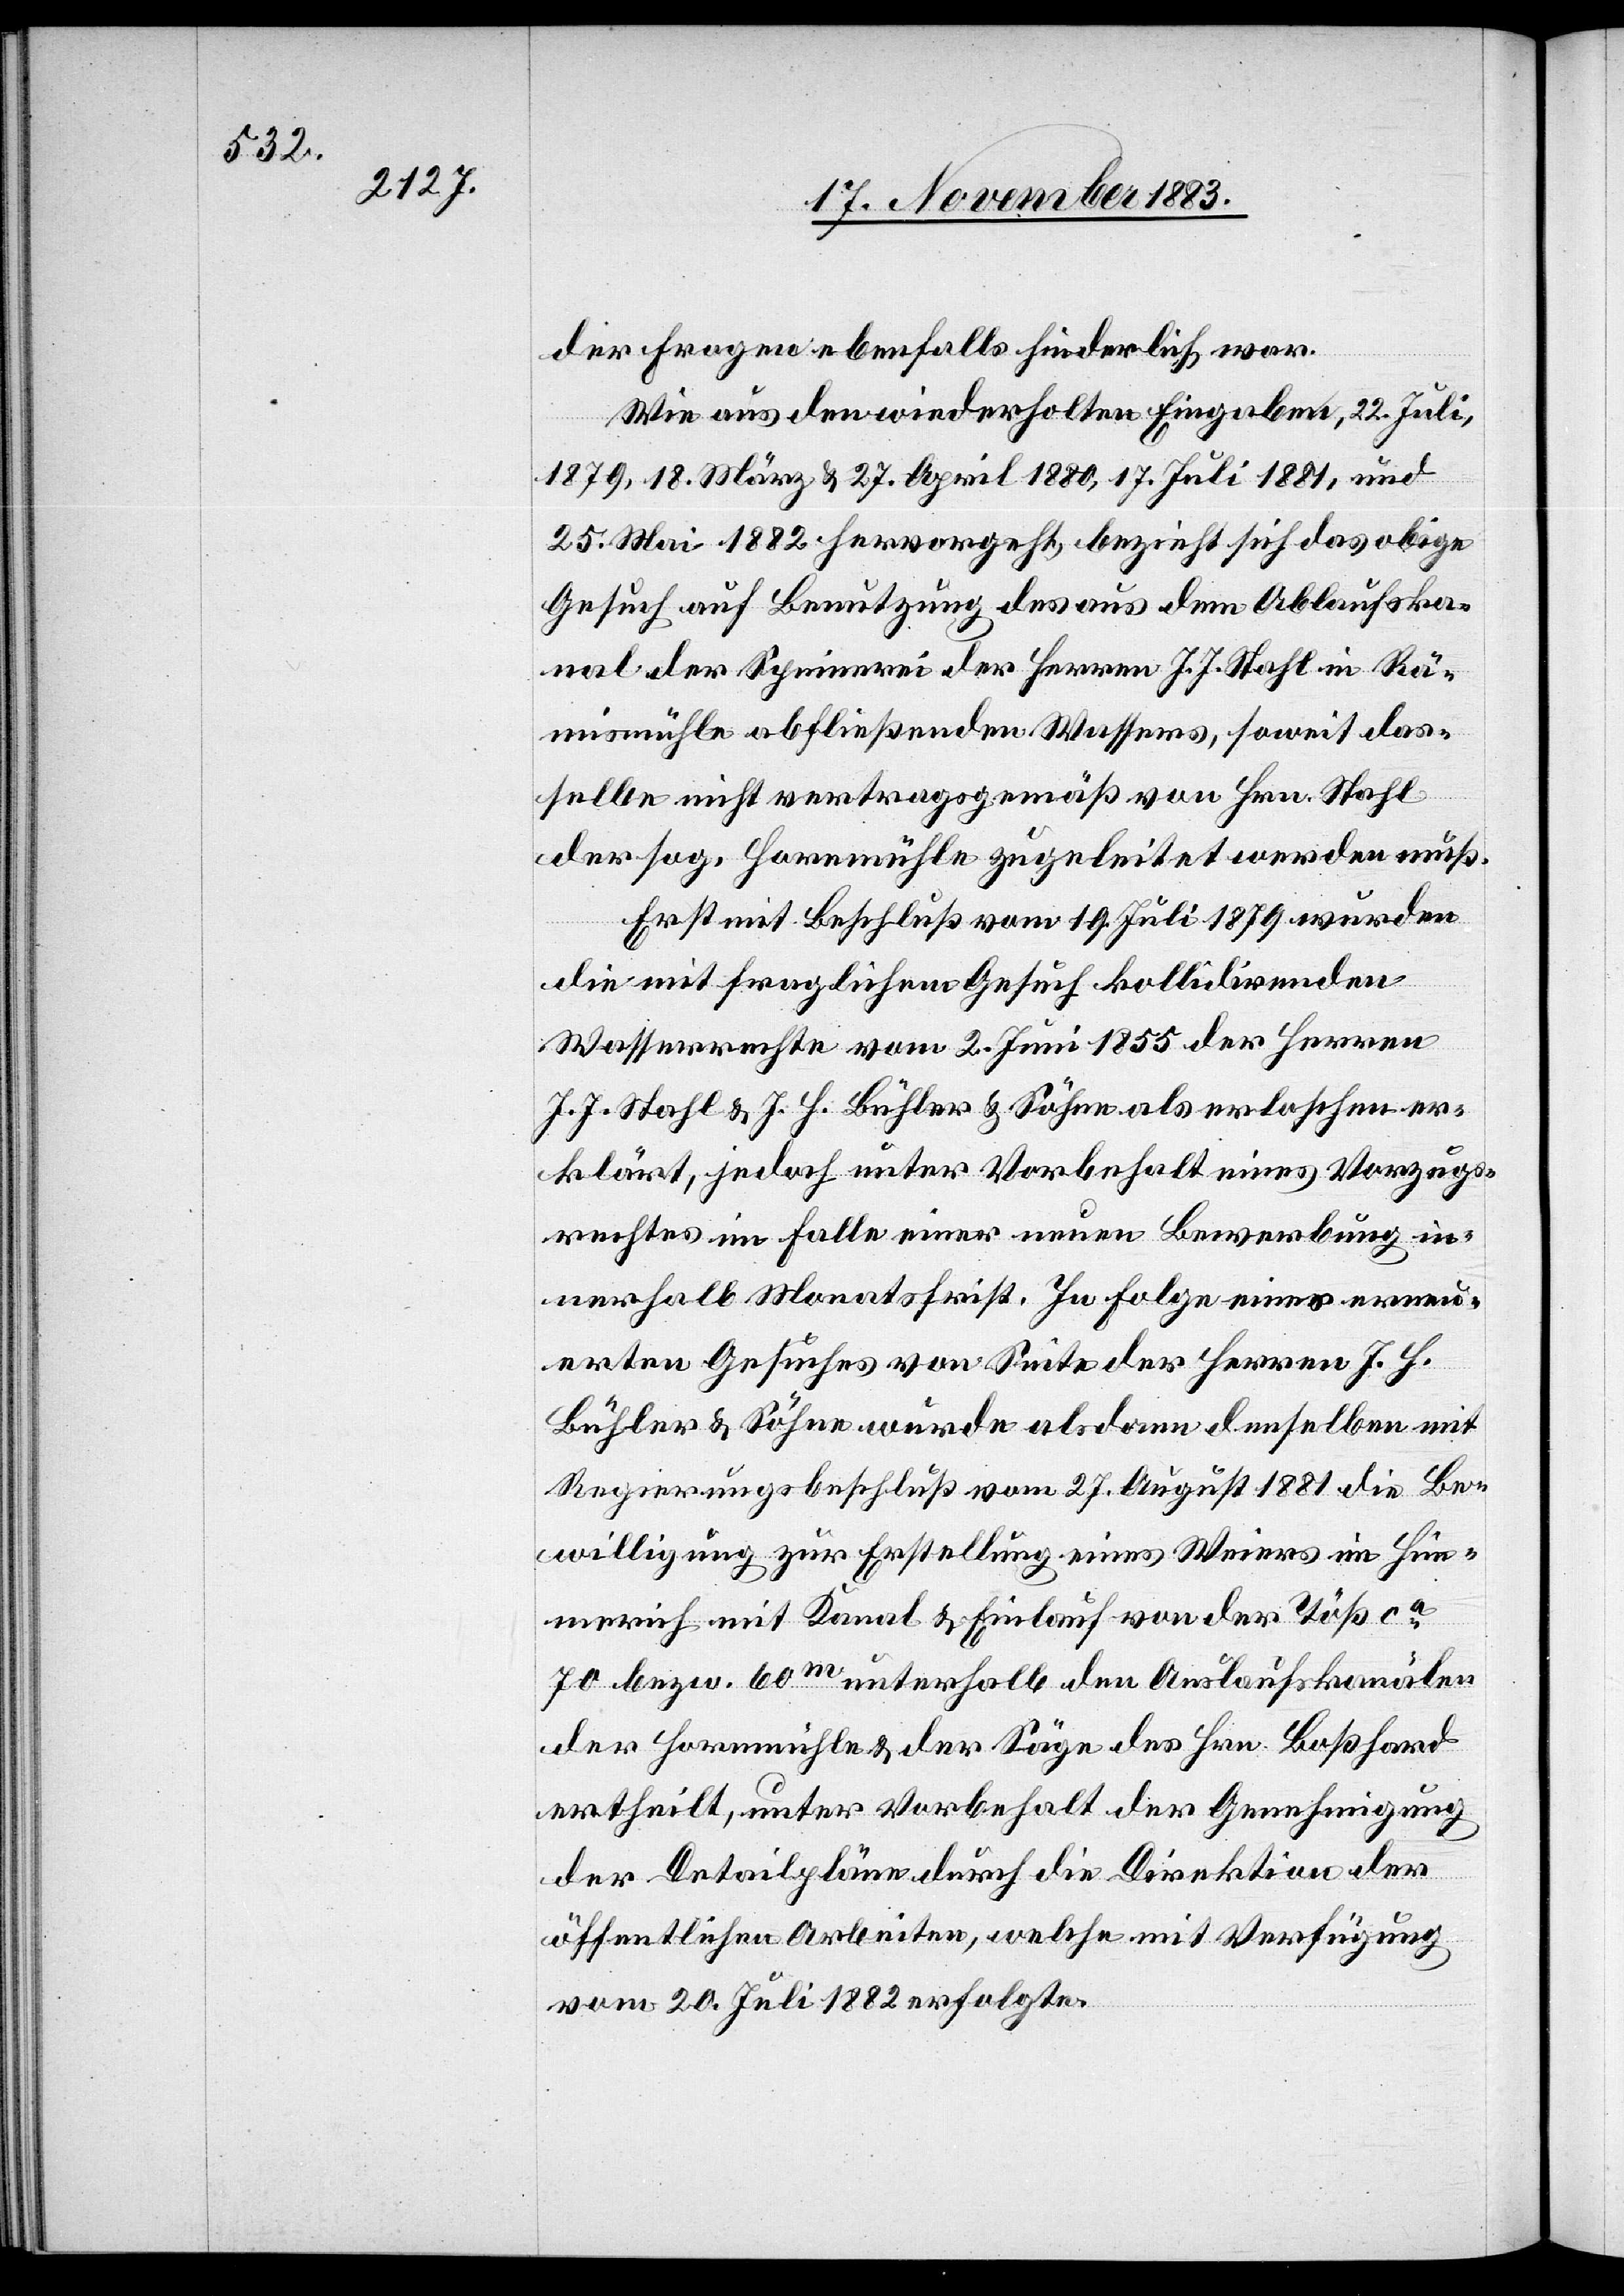
der Fragen ebenfalls hinderlich war.
Wie aus den wiederholten Eingaben, 22. Juli,
1879, 18. März & 27. April 1880, 17. Juli 1881, und
25. Mai 1882 hervorgeht, bezieht sich das obige
Gesuch auf Benutzung des aus dem Ablaufska¬
nal der Spinnerei der Herren J. J. Stahl [sic!] in Rä¬
mismühle abfließenden Wassers, soweit das¬
selbe nicht vertragsgemäß von Hrn. Stahl
der sog. Hornmühle zugeleitet werden muß.
Erst mit Beschluß vom 19. Juli 1879 wurden
die mit fraglichem Gesuch kollidirenden
Wasserrechte vom 2. Juni 1855 der Herren
J. J. Stahl & J. H. Bühler & Söhne als erloschen er¬
klärt, jedoch unter Vorbehalt eines Vorzugs¬
rechtes im Falle einer neuen Bewerbung in¬
nerhalb Monatsfrist. In Folge eines erneu¬
erten Gesuches von Seite der Herren J. H.
Bühler & Söhne wurde als dann denselben mit
Regierungsbeschluß vom 27. August 1881 die Be¬
willigung zur Erstellung eines Weiers im Him¬
merich mit Kanal & Einlauf von der Töß ca
70 bezw. 60m unterhalb den Auslaufskanälen
der Hornmühle & der Säge des Hrn. Boßhard
ertheilt, unter Vorbehalt der Genehmigung
der Detailpläne durch die Direktion der
öffentlichen Arbeiten, welche mit Verfügung
vom 20. Juli 1882 erfolgte.